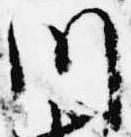
川